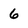
Character: 6